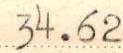
34.62